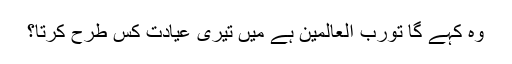
وہ کہے گا تُورب العالمین ہے میں تیری عیادت کس طرح کرتا؟